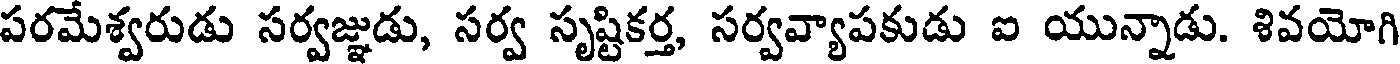
పరమేశ్వరుడు సర్వజ్ఞుడు, సర్వ సృష్టికర్త, సర్వవ్యాపకుడు ఐ యున్నాడు. శివయోగి